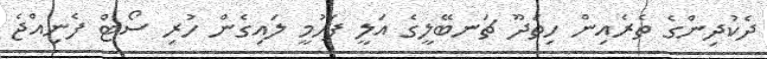
ދެކުދިންގެ ތެރެއިން ހިތަދޫ ޗަނބޭލީގެ އަލީ ފަހުމީ ލައިގެން ހުރި ސޯޓް ފެނިއްޖެ